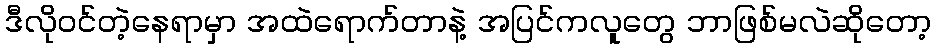
ဒီလိုဝင်တဲ့နေရာမှာ အထဲရောက်တာနဲ့ အပြင်ကလူတွေ ဘာဖြစ်မလဲဆိုတော့